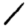
Digit: 1